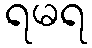
ရမရ